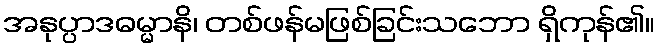
အနုပ္ပာဒဓမ္မာနိ၊ တစ်ဖန်မဖြစ်ခြင်းသဘော ရှိကုန်၏။